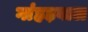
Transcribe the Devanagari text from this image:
गांहड़वाल